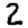
Digit: 2